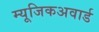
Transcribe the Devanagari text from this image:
म्यूजिकअवार्ड